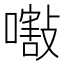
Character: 𡁁